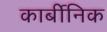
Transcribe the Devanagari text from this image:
कार्बीनिक